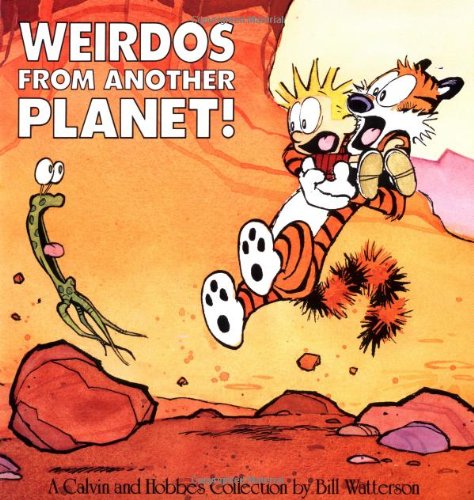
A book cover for Weirdos from Another Planet!; Bill Watterson; Comics & Graphic Novels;